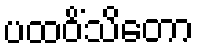
ပထဝိံသိတော